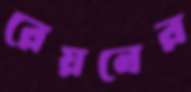
রেয়নের